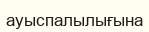
ауыспалылығына